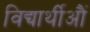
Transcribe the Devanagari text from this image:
विद्यार्थीऔं